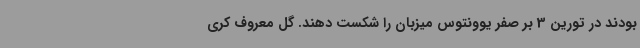
بودند در تورین 3 بر صفر یوونتوس میزبان را شکست دهند. گل معروف کری